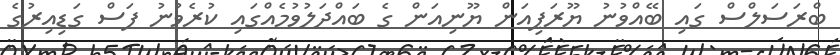
ބްރަސަލްސް ގައި ބޭއްވުނު ޔޫރަޕިއަން ޔޫނިއަން ގެ ބައްދަލުވުމެއްގައި ކުރެވުނު ފަސް ގަޑިއިރުގެ